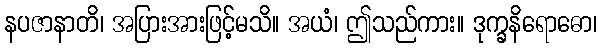
နပဇာနာတိ၊ အပြားအားဖြင့်မသိ။ အယံ၊ ဤသည်ကား။ ဒုက္ခနိရောဓော၊